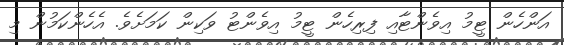
އަންހެން ޓީމު އިވެންޓާއި ފިރިހެން ޓީމު އިވެންޓު ވަކިން ކަމަށެވެ. އެހެންކަމުން މި